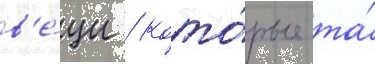
в'е́щи / кото́рые та́